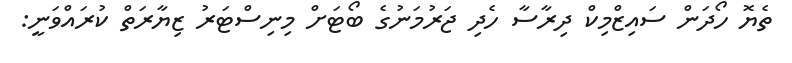
ތެޔޮ ހޯދަން ސައިޒްމިކް ދިރާސާ ހެދި ޖަރުމަނުގެ ބޯޓަށް މިނިސްޓަރު ޒިޔާރަތް ކުރައްވަނީ: